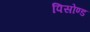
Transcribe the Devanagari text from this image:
पिसोण्ड